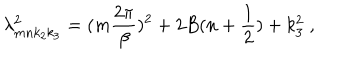
LaTeX: \lambda _ { m n k _ { 2 } k _ { 3 } } ^ { 2 } = ( m \frac { 2 \pi } { \beta } ) ^ { 2 } + 2 B ( n + \frac { 1 } { 2 } ) + k _ { 3 } ^ { 2 } \; ,